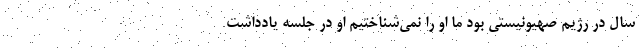
سال در رژیم صهیونیستی بود ما او را نمی‌شناختیم او در جلسه یادداشت